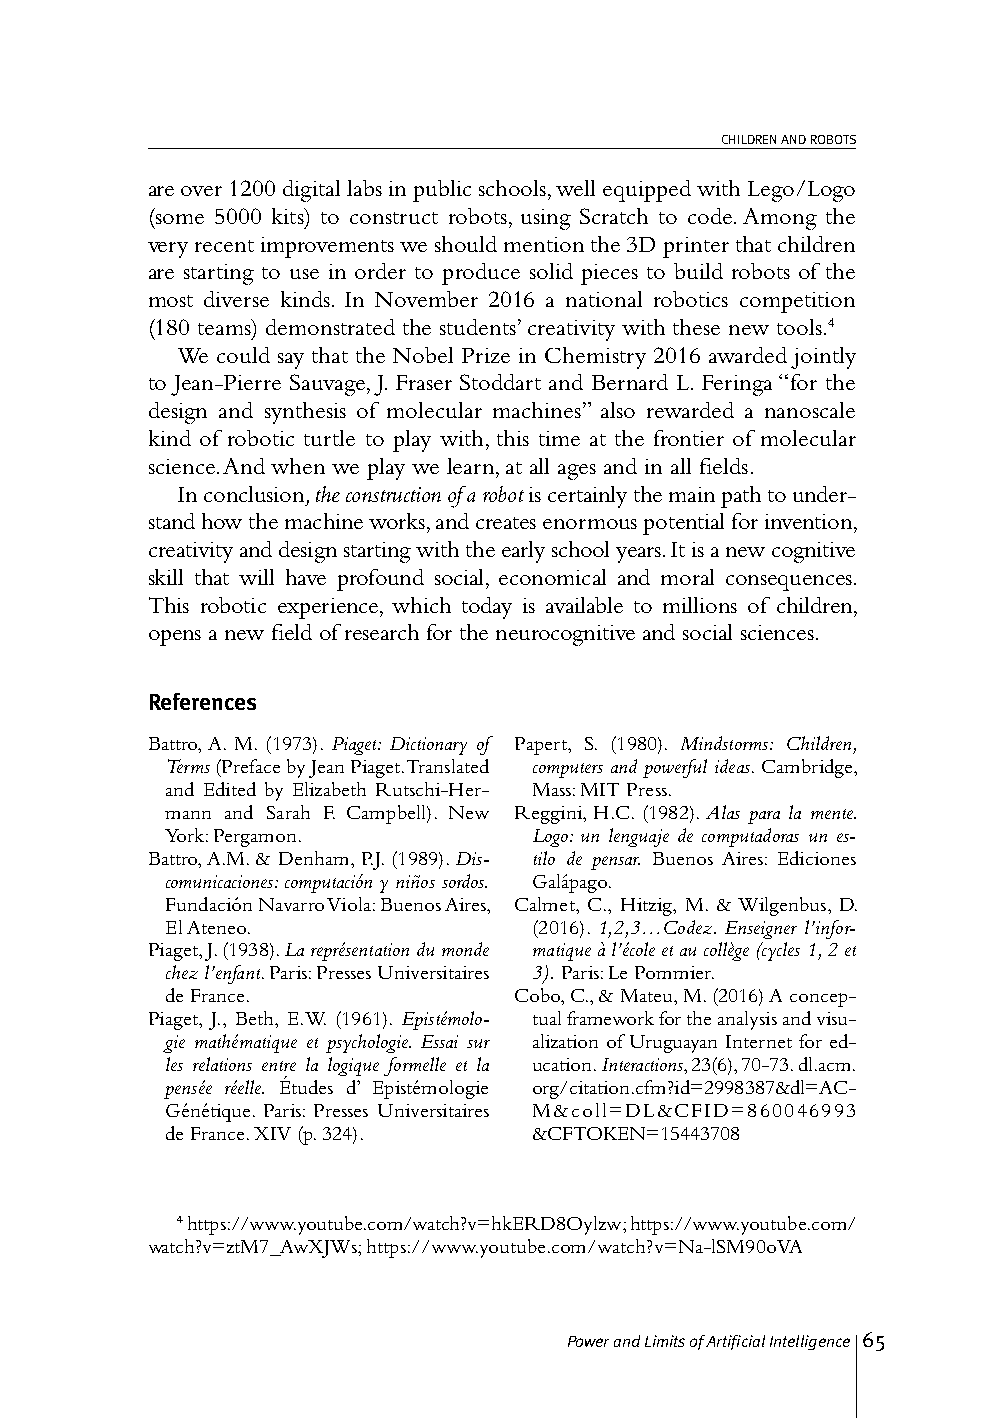
CHILDREN AND ROBOTS
 are over 1200 digital labs in public schools, well equipped with Lego/Logo
 (some 5000 kits) to construct robots, using Scratch to code. Among the
 very recent improvements we should mention the 3D printer that children
 are starting to use in order to produce solid pieces to build robots of the
 most diverse kinds. In November 2016 a national robotics competition
 (180 teams) demonstrated the students’ creativity with these new tools.4
 We could say that the Nobel Prize in Chemistry 2016 awarded jointly
 to Jean-Pierre Sauvage, J. Fraser Stoddart and Bernard L. Feringa “for the
 design and synthesis of molecular machines” also rewarded a nanoscale
 kind of robotic turtle to play with, this time at the frontier of molecular
 science. And when we play we learn, at all ages and in all fields.
 In conclusion, the construction of a robot is certainly the main path to under-
 stand how the machine works, and creates enormous potential for invention,
 creativity and design starting with the early school years. It is a new cognitive
 skill that will have profound social, economical and moral consequences.
 This robotic experience, which today is available to millions of children,
 opens a new field of research for the neurocognitive and social sciences.
 References
 Battro, A. M. (1973). Piaget: Dictionary of Papert, S. (1980). Mindstorms: Children,
 Terms (Preface by Jean Piaget. Translated computers and powerful ideas. Cambridge,
 and Edited by Elizabeth Rutschi-Her- Mass: MIT Press.
 mann and Sarah F. Campbell). New Reggini, H.C. (1982). Alas para la mente.
 York: Pergamon.         Logo: un lenguaje de computadoras un es-
 Battro, A.M. & Denham, P.J. (1989). Dis- tilo de pensar. Buenos Aires: Ediciones
 comunicaciones: computación y niños sordos. Galápago.
 Fundación Navarro Viola: Buenos Aires, Calmet, C., Hitzig, M. & Wilgenbus, D.
 El Ateneo.              (2016). 1,2,3…Codez. Enseigner l’infor-
 Piaget, J. (1938). La représentation du monde matique à l’école et au collège (cycles 1, 2 et
 chez l’enfant. Paris: Presses Universitaires 3). Paris: Le Pommier.
 de France.             Cobo, C., & Mateu, M. (2016) A concep-
 Piaget, J., Beth, E.W. (1961). Epistémolo- tual framework for the analysis and visu-
 gie mathématique et psychologie. Essai sur alization of Uruguayan Internet for ed-
 les relations entre la logique formelle et la ucation. Interactions, 23(6), 70-73. dl.acm.
 pensée réelle. Études d’ Epistémologie org/citation.cfm?id=2998387&dl=AC-
 Génétique. Paris: Presses Universitaires M&coll=DL&CFID=860046993
 de France. XIV (p. 324). &CFTOKEN=15443708
 4 https://www.youtube.com/watch?v=hkERD8Oylzw; https://www.youtube.com/
 watch?v=ztM7_AwXJWs; https://www.youtube.com/watch?v=Na-lSM90oVA
 Power and Limits of Artificial Intelligence 65